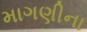
માગણીના